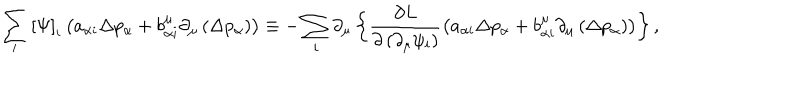
LaTeX: \sum _ { i } \left[ \Psi \right] _ { i } \left( a _ { \alpha i } \Delta p _ { \alpha } + b _ { \alpha i } ^ { \mu } \partial _ { \mu } \left( \Delta p _ { \alpha } \right) \right) \equiv - \sum _ { i } \partial _ { \mu } \left\{ \frac { \partial L } { \partial \left( \partial _ { \mu } \psi _ { i } \right) } \left( a _ { \alpha i } \Delta p _ { \alpha } + b _ { \alpha i } ^ { \mu } \partial _ { \mu } \left( \Delta p _ { \alpha } \right) \right) \right\} ,